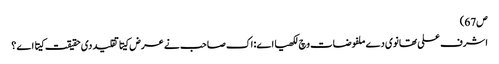
ص67)
اشرف علی تھانوی دے ملفوضات وچ لکھیا اے: اک صاحب نے عرض کیتا تقلید د‏‏ی حقیقت کیتا اے ؟